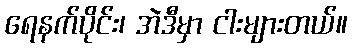
ရေနက်ပိုင်း၊ အဲဒီမှာ ငါးများတယ်။